Lunatic asylums Bombay report 1878-1890 - 1878-1890
Year: 1878
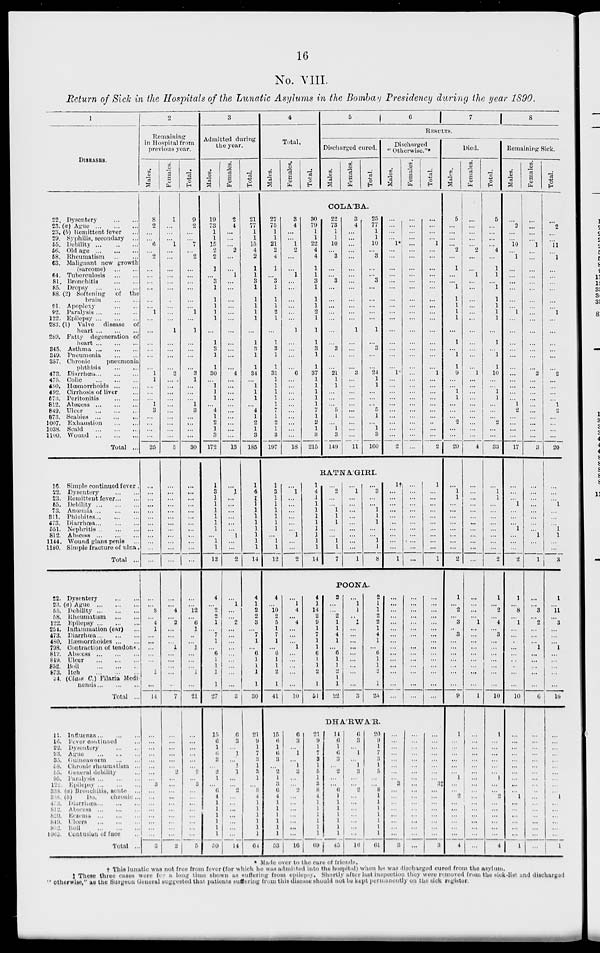
16
No. VIII.
Return of Sick in the Hospitals of the Lunatic Asylums in the Bombay Presidency during the year 1890.
1
DISEASES.
22.
23.
23.
29.
55.
56.
58.
63.
64.
81.
85.
88.
91.
92.
122.
283.
289.
345.
349.
357.
473.
475.
480.
492.
673.
812.
849.
873.
1007.
1038.
1100.
Dysentery
...
...
(a) Ague
...
...
...
(b) Remittent fever ...
Syphilis, secondary ...
Debility
...
...
...
Old age
...
...
...
Rheumatism ... ...
Malignant new growth
(sarcome)
...
...
Tuberculosis
...
...
Bronchitis
...
...
Dropsy
...
...
...
(2) Softening
of the
brain
...
...
Apoplexy
...
...
Paralysis ... ... ...
Epilepsy ... ... ...
(1) Valve disease of
heart ... ... ...
Fatty degeneration of
heart ... ... ...
Asthma
...
...
...
Pneumonia
...
...
Chronic
pneumonia
phthisis ... ...
Diarrhœa ... ... ...
Colic
...
...
...
Hœmorrhoids ... ...
Cirrhosis of liver ...
Peritonitis
...
...
Abscess
...
...
...
Ulcer
...
...
...
Scabies
...
...
...
Exhaustion ... ...
Scald
...
...
...
Wound ... ... ...
Total ...
16.
22.
23.
65.
73.
311.
473.
551.
812.
1144.
1180.
Simple continued fever.
Dysentery
...
...
Remittent fever ... ...
Debility
...
...
...
Anœmia
...
...
...
Phlebites ... ... ...
Diarrhœa ... ... ...
Nephritis ... ... ...
Abscess
...
...
...
Wound plans penis ...
Simple fracture of ulna.
Total ...
22.
23.
65.
68.
122.
254.
473.
480.
708.
812.
849.
852.
873.
34.
Dysentery
...
...
(a) Ague
...
...
...
Debility
...
...
...
Rheumatism
...
...
Epilepsy ... ... ...
Inflammation (ear) ...
Diarrhœa ... ... ...
Hæmorrhoides ... ...
Contraction of tendons .
Abscess ... ... ...
Ulcer
...
...
...
Boil
...
...
...
Itch
...
...
...
(Class C.) Filaria Medi-
nensis ... ... ...
Total ...
11.
16.
22.
23.
35.
68.
65.
95.
122.
338.
838.
473.
812.
820.
849.
852.
1063.
Influenza ... ... ...
Fever continued ...
Dysentery
...
...
Ague ... ... ...
Guineaworm
...
...
Chronic rheumatism ...
General debility ...
Paralysis ... ... ...
Epilepsy ... ... ...
(a) Bronchitis, acute ...
(b)
Do.
chronic...
Diarrhœa ... ... ...
Abscess
...
...
...
Eczema
...
...
...
Ulcers
...
...
...
Boil
...
...
...
Contusion of face ...
Total ...
2
Remaining
in Hospital from
previous year.
Males.
8
2
...
...
6
...
2
...
...
...
...
...
...
1
...
...
...
...
...
...
1
1
...
...
...
1
3
...
...
...
...
25
...
...
...
...
...
...
...
...
...
...
...
...
...
...
8
...
4
1
...
...
...
...
...
...
1
...
14
...
...
...
...
...
...
...
...
3
...
...
...
...
...
...
...
...
3
Females.
1
...
...
...
1
...
...
...
...
...
...
...
...
...
...
1
...
...
...
...
2
...
...
...
...
...
...
...
...
...
...
5
...
...
...
...
...
...
...
...
...
...
...
...
...
...
4
...
3
...
...
...
1
...
...
...
...
...
7
...
...
...
...
...
...
2
...
...
...
...
...
...
...
...
...
...
2
Total.
9
2
...
...
7
...
2
...
...
...
...
...
...
1
...
1
...
...
...
...
3
1
...
...
...
1
3
...
...
...
...
30
...
...
...
...
...
...
...
...
...
...
...
...
...
...
12
...
6
1
..
...
1
...
...
...
1
...
21
...
...
...
...
...
...
2
...
3
...
...
...
...
...
...
...
...
5
3
Admitted during
the year.
Males.
19
73
1
1
15
2
2
1
...
3
1
1
1
1
1
...
1
3
1
1
30
...
1
1
1
...
4
1
2
1
3
172
1
3
1
1
1
1
1
1
...
1
1
12
4
...
2
2
1
...
7
1
...
6
1
1
1
1
27
15
6
1
6
3
...
2
1
...
6
4
1
1
1
1
1
1
60
Females.
2
4
...
...
...
2
...
...
1
...
...
...
...
...
...
...
...
...
...
...
4
...
...
...
...
...
...
...
...
...
...
13
...
1
...
...
...
...
...
...
1
...
...
2
...
1
...
...
2
...
...
...
...
...
...
...
...
...
3
6
3
...
1
...
1
1
...
...
2
...
...
...
...
...
...
...
14
Total.
21
77
1
1
15
4
2
1
1
3
1
1
1
1
1
...
1
3
1
1
34
...
1
1
1
...
4
1
2
1
3
185
1
4
1
1
1
1
1
1
1
1
1
14
4
1
2
2
3
...
7
1
...
6
1
1
1
1
30
21
9
1
7
3
1
8
1
...
8
4
1
1
1
1
1
1
64
4
Total.
Males.
Females.
Total.
5
6
7 8
RESULTS.
Discharged cured.
Males.
Females.
Total.
Discharged
" Otherwise."*
Males.
Females.
Total.
COLÁBA.
27
75
1
1
21
2
4
1
...
3
1
1
1
2
1
...
1
3
1
1
31
1
1
1
1
1
7
1
2
1
3
197
3
4
...
...
1
2
...
...
1
...
...
...
...
...
...
1
...
...
...
...
6
...
...
...
...
...
...
...
...
...
...
18
30
79
1
1
22
4
4
1
1
3
1
1
...
2
1
1
1
3
1
1
37
1
1
...
...
2
1
3
215
22
73
1
1
10
...
3
...
...
3
...
...
...
...
...
...
...
3
...
...
21
1
1
...
...
...
5
1
...
1
3
149
3
4
...
...
...
...
...
...
...
...
...
...
...
...
...
1
...
...
...
...
3
...
...
...
...
...
...
...
...
...
...
11
25
77
1
1
10
...
3
...
...
3
...
...
...
...
...
1
...
3
...
...
24
1
1
...
...
...
5
1
...
1
3
160
...
...
...
...
1*
...
...
...
...
...
...
...
...
...
...
...
...
...
...
...
1
...
...
...
...
...
...
...
...
...
...
2
...
...
...
...
...
...
...
...
...
...
...
...
...
...
...
...
...
...
...
...
...
...
...
...
...
...
...
...
...
...
...
...
...
...
...
...
1
...
...
...
...
...
...
...
...
...
...
...
...
...
...
...
1
...
...
...
...
...
...
...
..
...
...
2
RATNÁGIRI.
1
3
1
1
1
1
1
1
...
1
1
12
...
1
...
...
...
...
...
...
1
...
...
2
1
4
1
1
1
1
1
1
1
1
1
14
...
2
...
...
1
1
1
...
...
1
1
7
...
1
...
...
...
...
...
...
...
...
...
1
...
3
...
...
1
1
1
...
...
1
1
8
1†
...
...
...
...
...
...
...
...
...
...
1
...
...
...
...
...
...
...
...
...
...
...
...
1
...
...
...
...
...
...
...
...
...
...
1
POONA.
4
...
10
2
6
1
7
1
...
6
1
1
2
1
41
...
1
4
...
4
...
...
...
1
...
...
...
...
...
10
4
1
14
2
9
1
7
1
1
6
1
1
2
1
51
2
...
...
2
1
1
4
1
...
6
1
1
2
1
22
...
1
1
,.
1
...
...
...
...
...
...
...
...
...
3
2
1
1
2
2
1
4
1
...
6
1
1
2
1
25
...
...
...
...
...
...
...
...
...
...
...
...
...
...
...
...
...
...
...
...
...
...
...
...
...
...
...
...
...
...
...
...
...
...
...
...
...
...
...
...
...
...
...
...
DHÁRWÁR.
15
6
1
6
3
...
2
1
3
0
4
1
1
1
1
1
1
53
6
3
...
1
...
1
3
...
...
2
...
...
...
...
...
...
...
16
21
9
1
7
8
1
6
1
3
8
4
1
1
1
1
1
1
69
14
6
1
6
3
...
2
...
...
6
1
1
1
1
1
1
1
45
6
3
...
1
...
1
3
...
...
2
...
...
...
...
...
...
...
16
20
9
1
7
3
1
5
...
...
8
1
1
1
1
1
1
1
61
...
...
...
...
...
...
...
...
3
...
...
...
...
...
...
...
...
3
....
...
...
...
...
...
...
...
...
...
...
...
...
...
...
...
...
...
...
...
...
...
...
...
...
...
3‡
...
...
...
...
...
...
...
...
3
Died.
Males.
5
...
...
...
...
2
...
1
...
...
1
1
1
1
1
...
1
...
1
1
9
...
...
1
1
...
...
...
2
...
...
29
...
1
1
...
...
...
...
...
...
...
...
2
1
...
2
...
3
..
3
...
...
...
...
...
...
...
9
1
...
...
...
...
...
...
1
...
...
2
...
...
...
...
...
...
4
Females.
...
...
...
...
...
2
...
...
1
...
...
...
...
...
...
...
...
...
...
...
1
...
...
...
...
...
...
...
...
...
...
4
...
...
...
...
...
...
...
...
...
...
...
...
...
...
...
...
1
...
...
...
...
...
...
...
...
...
1
...
...
...
...
...
...
...
...
...
...
...
...
...
...
...
...
...
...
Total.
5
...
...
...
...
4
...
1
1
...
1
1
1
1
1
...
1
...
1
1
10
...
...
1
1
...
...
...
2
...
...
33
...
1
1
...
...
...
...
...
...
...
...
2
1
...
2
...
4
...
3
...
...
...
...
...
...
...
10
1
...
...
...
...
...
...
1
...
...
2
...
...
...
...
...
...
4
Remaining Sick.
Males.
...
2
...
...
10
...
1
...
...
...
...
...
...
1
...
...
...
...
...
...
...
...
...
...
...
1
2
...
...
...
...
17
...
...
...
1
...
...
...
1
....
...
...
2
1
...
8
....
1
...
...
...
...
...
..
...
...
...
10
...
...
...
...
...
...
...
...
...
...
1
...
...
...
...
...
...
1
Females.
...
...
...
...
l
...
...
...
...
...
...
...
...
...
...
...
...
...
...
...
2
...
...
...
...
...
...
...
...
...
...
3
...
...
...
...
...
...
...
...
1
...
1
...
...
3
...
2
...
...
...
1
...
...
...
...
...
6
...
...
...
...
...
...
...
...
...
...
...
...
...
...
...
...
...
...
Total.
...
2
...
...
11
...
1
...
...
...
...
...
...
1
...
...
...
...
...
...
2
...
...
...
...
1
2
...
...
...
...
20
...
...
...
1
...
...
...
1
1
...
...
3
1
...
11
...
3
...
...
...
1
...
...
...
...
...
16
...
...
...
. ..
...
...
...
...
1
...
...
...
...
...
...
1
* Made over to the care of friends.
† This lunatic was not free from fever (for which he was admitted into the hospital) when he was discharged cured from the asylum.
‡ These three cases were for a long time shown as suffering from epilepsy. Shortly after last inspection they were removed from the sick-list and discharged
" otherwise," as the Surgeon General suggested that patients suffering from this disease should not be kept permanently on the sick register.